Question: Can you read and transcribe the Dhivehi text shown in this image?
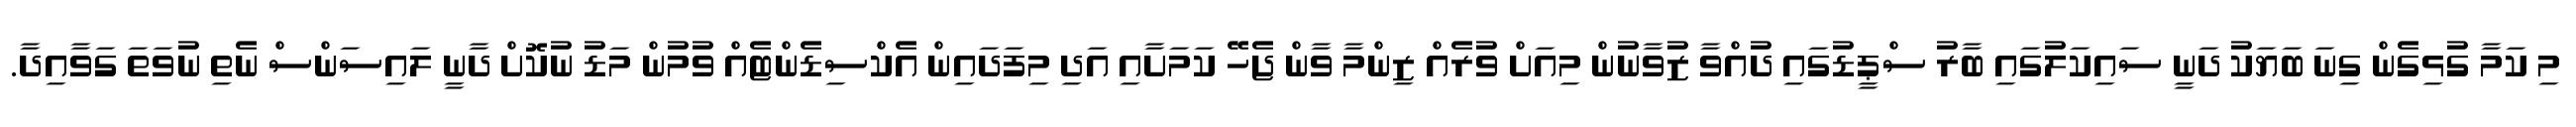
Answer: މި ކަމާ ގުޅިގެން ގިނަ ބަޔަކު ދަނީ ސައިކަލުގައި ބާރު ސްޕީޑުގައި ދުއްވާ ޒުވާނުން މިއަށް ވުރެއް ޒިންމާ ވާން ޖެހޭ ކަމަށާއި އަދި މިފަދައިން އެކްސިޑެންޓެއް ވުމުން މަޑު ނުކޮށް ދާނީ ލައިސަންސް ނެތި ނުވަތަ ގަވާއިދާ.